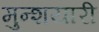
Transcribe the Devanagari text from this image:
मुन्शयारी